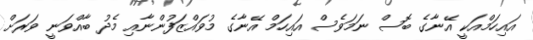
އައިހަމްއަކީ އޭނާގެ ބޮސް ނަމަވެސް އައިހަމް އޭނާގެ މުވައްޒަފުންނާއި މެދު ބާއްވަނީ ވަރަށް